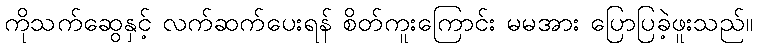
ကိုသက်ဆွေနှင့် လက်ဆက်ပေးရန် စိတ်ကူးကြောင်း မမအား ပြောပြခဲ့ဖူးသည်။